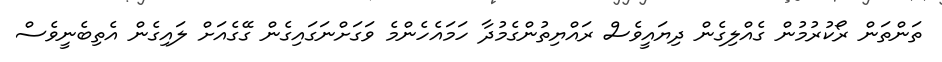
ތަންތަން ރޯކުރުމުން ގެއްލިގެން ދިޔައީވެސް ރައްޔިތުންގެމުދާ ހަމައެހެންމެ ވަގަށްނަގައިގެން ގޭގެއަށް ލައިގެން އެތިބެނީވެސް